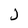
Character: J